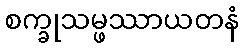
စက္ခုသမ္ဖဿာယတနံ